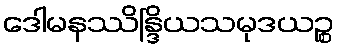
ဒေါမနဿိန္ဒြိယသမုဒယဉ္စ